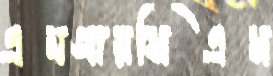
এমআরসিএস